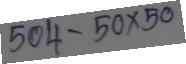
504 - 50 x 50